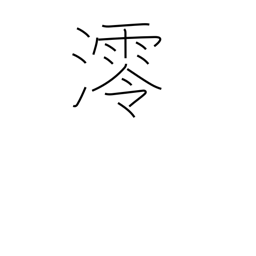
Meaning: shipping channel